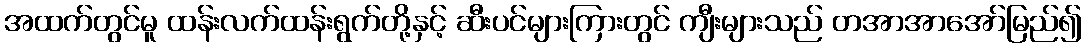
အထက်တွင်မူ ထန်းလက်ထန်းရွက်တို့နှင့် ဆီးပင်များကြားတွင် ကျီးများသည် တအာအာအော်မြည်၍